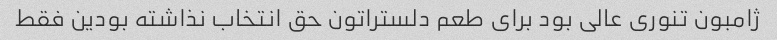
ژامبون تنوری عالی بود برای طعم دلستراتون حق انتخاب نذاشته بودین فقط